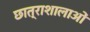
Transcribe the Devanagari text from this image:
छात्राशालाओं